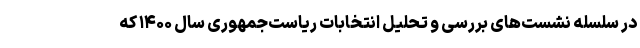
در سلسله نشست‌های بررسی و تحلیل انتخابات ریاست‌جمهوری سال ۱۴۰۰ که